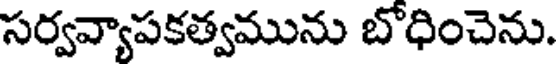
సర్వవ్యాపకత్వమును బోధించెను.